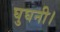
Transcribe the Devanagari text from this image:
घुघनी।